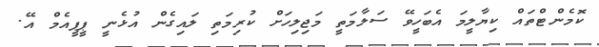
ކޮމެންޓްތައް ކިޔާލީމަ އެބަހީވޭ ސަލާމަތީ މަޖިލިހަށް ކުރިމަތި ލައިގެން އުޅެނީ ޕީޕީއެމް އޭ.